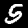
Digit: 5